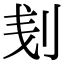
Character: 刬